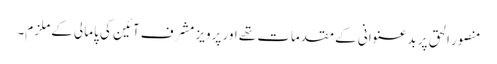
منصور الحق پر بدعنوانی کے مقدمات تھے اور پرویز مشرف آئین کی پامالی کے ملزم۔